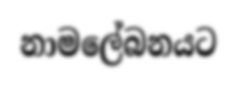
නාමලේබනයට